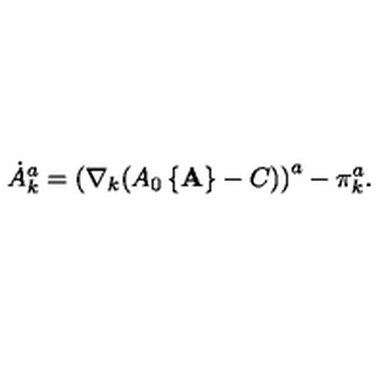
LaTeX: \dot { A } _ { k } ^ { a } = \left( \nabla _ { k } ( A _ { 0 } \left\{ { \bf A } \right\} - C ) \right) ^ { a } - \pi _ { k } ^ { a } .